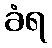
ခံရ